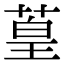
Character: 葟